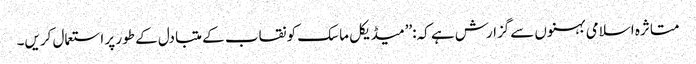
متاثرہ اسلامی بہنوں سےگزارش ہے کہ:’’میڈیکل ماسک کو نقاب کے متبادل کے طور پر استعمال کریں۔